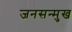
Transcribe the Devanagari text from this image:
जनसन्मुख